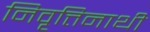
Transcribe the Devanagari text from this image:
निवृत्तिनाथी